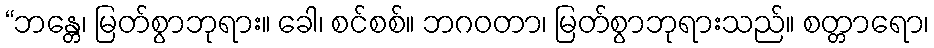
“ဘန္တေ၊ မြတ်စွာဘုရား။ ခေါ၊ စင်စစ်။ ဘဂဝတာ၊ မြတ်စွာဘုရားသည်။ စတ္တာရော၊